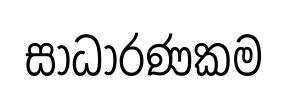
සාධාරණකම